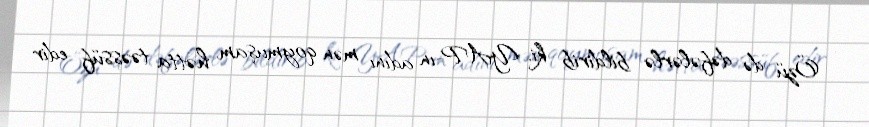
- Özü də dəfələrlə bildirib ki, YAP-ın adını mən qoymuşam, hətta təəssüf edir